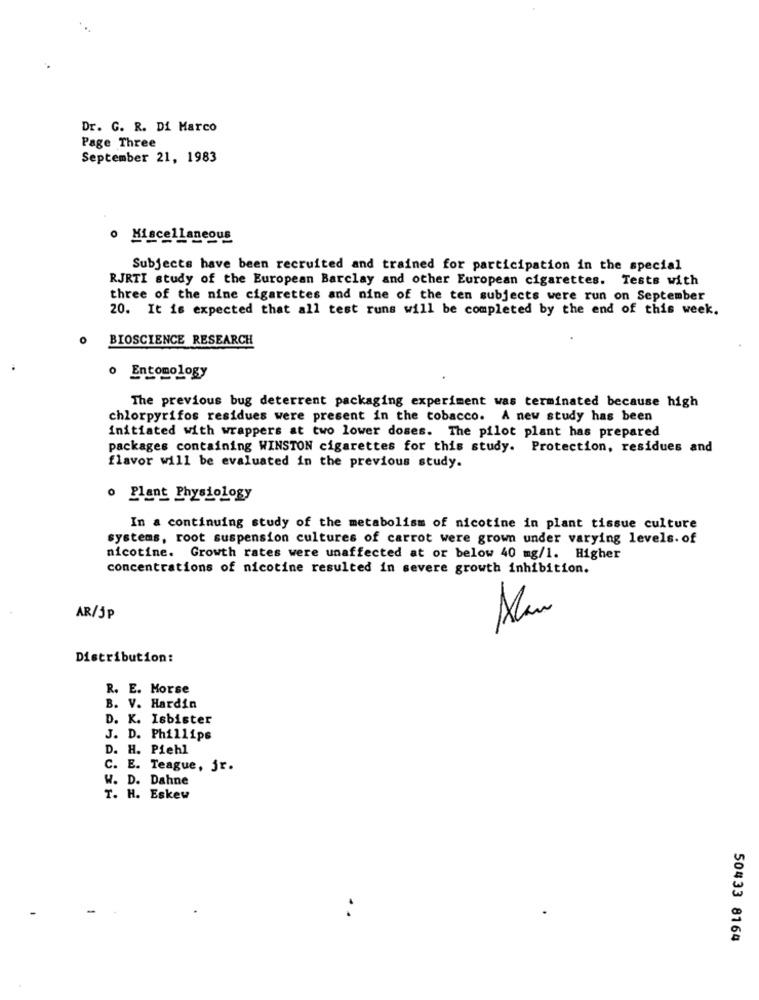
Dr. G. R. Di Marco
Page Three
September 21, 1983
o Miscellaneous
Subjects have been recruited and trained for participation in the special
RJRTI study of the European Barclay and other European cigarettes. Tests with
three of the nine cigarettes and nine of the ten subjects were run on September
20. It is expected that all test runs will be completed by the end of this week.
0
BIOSCIENCE RESEARCH
o Entomology
The previous bug deterrent packaging experiment was terminated because high
chlorpyrifos residues were present in the tobacco. A new study has been
initiated with wrappers at two lower doses. The pilot plant has prepared
packages containing WINSTON cigarettes for this study. Protection, residues and
flavor will be evaluated in the previous study.
o Plant Physiology
In a continuing study of the metabolism of nicotine in plant tissue culture
systems, root suspension cultures of carrot were grown under varying levels. of
nicotine. Growth rates were unaffected at or below 40 mg/1. Higher
concentrations of nicotine resulted in severe growth inhibition.
AR/jp
Alan
Distribution:
R. E. Morse
B. V. Hardin
D. K. Isbister
J. D. Phillips
D. H. Piehl
C. E. Teague, jr.
W. D. Dahne
T. H. Eskew
50433 8164